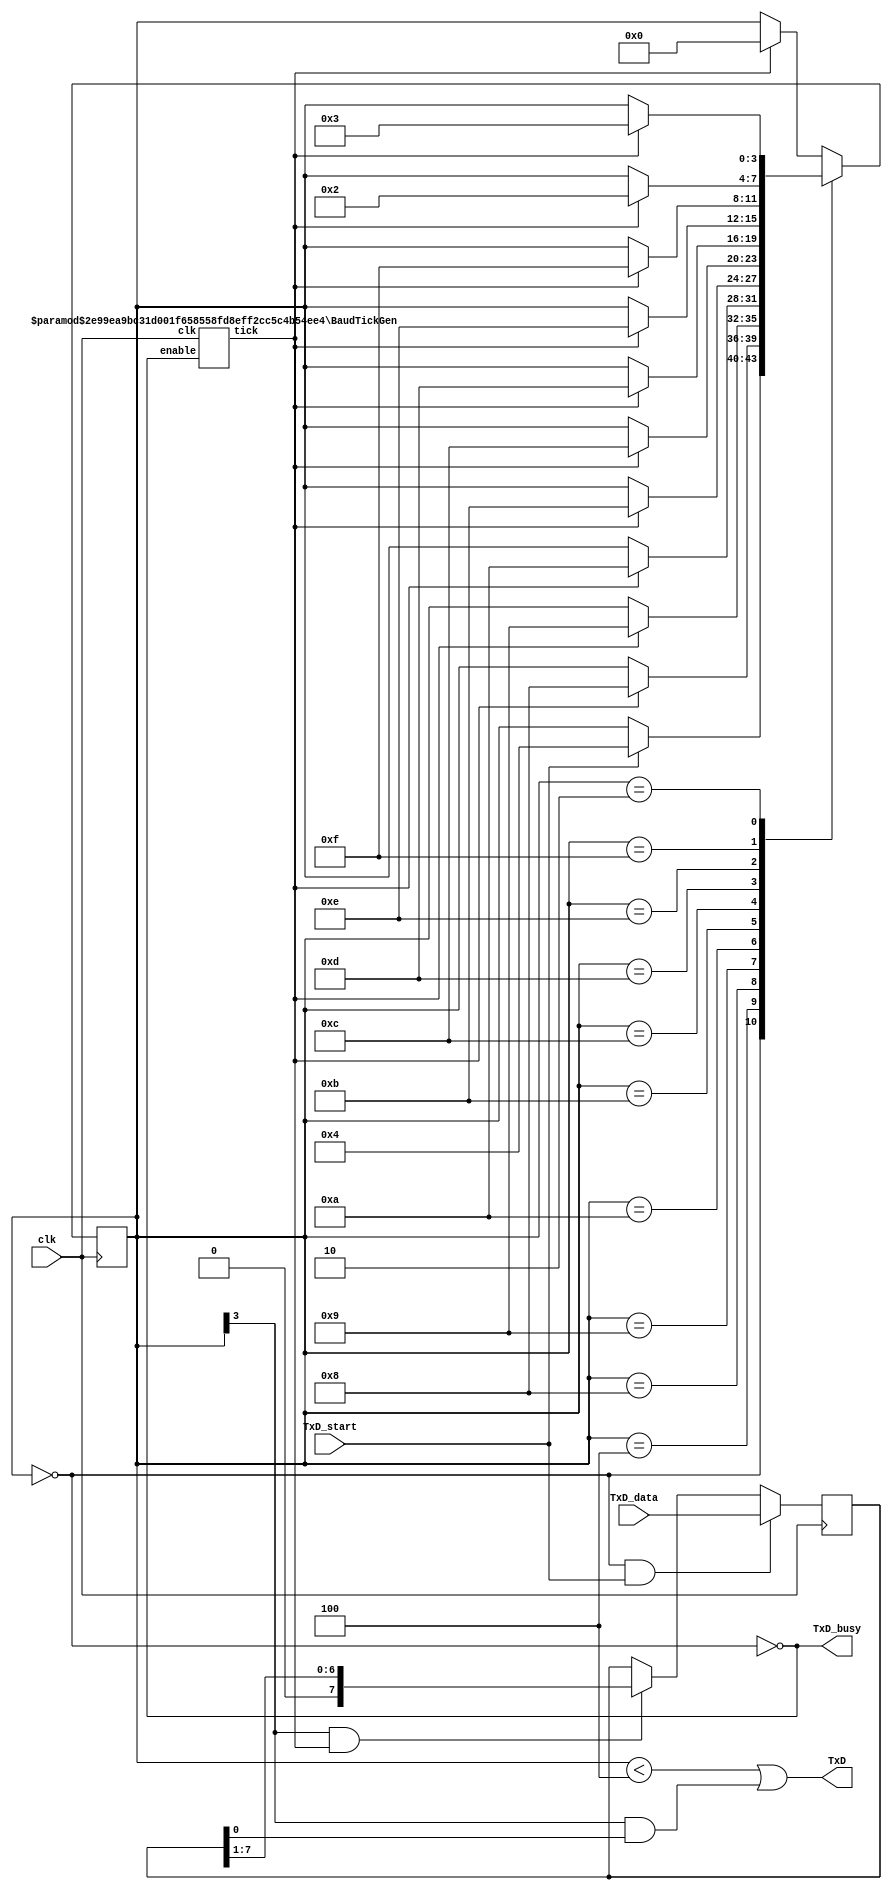
////////////////////////////////////////////////////////
// RS-232 RX and TX module
// (c) fpga4fun.com & KNJN LLC - 2003 to 2016

// The RS-232 settings are fixed
// TX: 8-bit data, 2 stop, no-parity
// RX: 8-bit data, 1 stop, no-parity (the receiver can accept more stop bits of course)

//`define SIMULATION   // in this mode, TX outputs one bit per clock cycle
                       // and RX receives one bit per clock cycle (for fast simulations)

////////////////////////////////////////////////////////
module async_transmitter(
	input clk,
	input TxD_start,
	input [7:0] TxD_data,
	output TxD,
	output TxD_busy
);

// Assert TxD_start for (at least) one clock cycle to start transmission of TxD_data
// TxD_data is latched so that it doesn't have to stay valid while it is being sent

parameter ClkFrequency = 50000000;	// 50MHz
parameter Baud = 115200;

generate
	if(ClkFrequency<Baud*8 && (ClkFrequency % Baud!=0)) ASSERTION_ERROR PARAMETER_OUT_OF_RANGE("Frequency incompatible with requested Baud rate");
endgenerate

////////////////////////////////
`ifdef SIMULATION
wire BitTick = 1'b1;  // output one bit per clock cycle
`else
wire BitTick;
BaudTickGen #(ClkFrequency, Baud) tickgen(.clk(clk), .enable(TxD_busy), .tick(BitTick));
`endif

reg [3:0] TxD_state = 0;
wire TxD_ready = (TxD_state==0);
assign TxD_busy = ~TxD_ready;

reg [7:0] TxD_shift = 0;
always @(posedge clk)
begin
	if(TxD_ready & TxD_start)
		TxD_shift <= TxD_data;
	else
	if(TxD_state[3] & BitTick)
		TxD_shift <= (TxD_shift >> 1);

	case(TxD_state)
		4'b0000: if(TxD_start) TxD_state <= 4'b0100;
		4'b0100: if(BitTick) TxD_state <= 4'b1000;  // start bit
		4'b1000: if(BitTick) TxD_state <= 4'b1001;  // bit 0
		4'b1001: if(BitTick) TxD_state <= 4'b1010;  // bit 1
		4'b1010: if(BitTick) TxD_state <= 4'b1011;  // bit 2
		4'b1011: if(BitTick) TxD_state <= 4'b1100;  // bit 3
		4'b1100: if(BitTick) TxD_state <= 4'b1101;  // bit 4
		4'b1101: if(BitTick) TxD_state <= 4'b1110;  // bit 5
		4'b1110: if(BitTick) TxD_state <= 4'b1111;  // bit 6
		4'b1111: if(BitTick) TxD_state <= 4'b0010;  // bit 7
		4'b0010: if(BitTick) TxD_state <= 4'b0011;  // stop1
		4'b0011: if(BitTick) TxD_state <= 4'b0000;  // stop2
		default: if(BitTick) TxD_state <= 4'b0000;
	endcase
end

assign TxD = (TxD_state<4) | (TxD_state[3] & TxD_shift[0]);  // put together the start, data and stop bits
endmodule


////////////////////////////////////////////////////////
module async_receiver(
	input clk,
	input RxD,
	output reg RxD_data_ready = 0,
	output reg [7:0] RxD_data = 0,  // data received, valid only (for one clock cycle) when RxD_data_ready is asserted

	// We also detect if a gap occurs in the received stream of characters
	// That can be useful if multiple characters are sent in burst
	//  so that multiple characters can be treated as a "packet"
	output RxD_idle,  // asserted when no data has been received for a while
	output reg RxD_endofpacket = 0  // asserted for one clock cycle when a packet has been detected (i.e. RxD_idle is going high)
);

parameter ClkFrequency = 50000000; // 25MHz
parameter Baud = 115200;

parameter Oversampling = 8;  // needs to be a power of 2
// we oversample the RxD line at a fixed rate to capture each RxD data bit at the "right" time
// 8 times oversampling by default, use 16 for higher quality reception

generate
	if(ClkFrequency<Baud*Oversampling) ASSERTION_ERROR PARAMETER_OUT_OF_RANGE("Frequency too low for current Baud rate and oversampling");
	if(Oversampling<8 || ((Oversampling & (Oversampling-1))!=0)) ASSERTION_ERROR PARAMETER_OUT_OF_RANGE("Invalid oversampling value");
endgenerate

////////////////////////////////
reg [3:0] RxD_state = 0;

`ifdef SIMULATION
wire RxD_bit = RxD;
wire sampleNow = 1'b1;  // receive one bit per clock cycle

`else
wire OversamplingTick;
BaudTickGen #(ClkFrequency, Baud, Oversampling) tickgen(.clk(clk), .enable(1'b1), .tick(OversamplingTick));

// synchronize RxD to our clk domain
reg [1:0] RxD_sync = 2'b11;
always @(posedge clk) if(OversamplingTick) RxD_sync <= {RxD_sync[0], RxD};

// and filter it
reg [1:0] Filter_cnt = 2'b11;
reg RxD_bit = 1'b1;

always @(posedge clk)
if(OversamplingTick)
begin
	if(RxD_sync[1]==1'b1 && Filter_cnt!=2'b11) Filter_cnt <= Filter_cnt + 1'd1;
	else 
	if(RxD_sync[1]==1'b0 && Filter_cnt!=2'b00) Filter_cnt <= Filter_cnt - 1'd1;

	if(Filter_cnt==2'b11) RxD_bit <= 1'b1;
	else
	if(Filter_cnt==2'b00) RxD_bit <= 1'b0;
end

// and decide when is the good time to sample the RxD line
function integer log2(input integer v); begin log2=0; while(v>>log2) log2=log2+1; end endfunction
localparam l2o = log2(Oversampling);
reg [l2o-2:0] OversamplingCnt = 0;
always @(posedge clk) if(OversamplingTick) OversamplingCnt <= (RxD_state==0) ? 1'd0 : OversamplingCnt + 1'd1;
wire sampleNow = OversamplingTick && (OversamplingCnt==Oversampling/2-1);
`endif

// now we can accumulate the RxD bits in a shift-register
always @(posedge clk)
case(RxD_state)
	4'b0000: if(~RxD_bit) RxD_state <= `ifdef SIMULATION 4'b1000 `else 4'b0001 `endif;  // start bit found?
	4'b0001: if(sampleNow) RxD_state <= 4'b1000;  // sync start bit to sampleNow
	4'b1000: if(sampleNow) RxD_state <= 4'b1001;  // bit 0
	4'b1001: if(sampleNow) RxD_state <= 4'b1010;  // bit 1
	4'b1010: if(sampleNow) RxD_state <= 4'b1011;  // bit 2
	4'b1011: if(sampleNow) RxD_state <= 4'b1100;  // bit 3
	4'b1100: if(sampleNow) RxD_state <= 4'b1101;  // bit 4
	4'b1101: if(sampleNow) RxD_state <= 4'b1110;  // bit 5
	4'b1110: if(sampleNow) RxD_state <= 4'b1111;  // bit 6
	4'b1111: if(sampleNow) RxD_state <= 4'b0010;  // bit 7
	4'b0010: if(sampleNow) RxD_state <= 4'b0000;  // stop bit
	default: RxD_state <= 4'b0000;
endcase

always @(posedge clk)
if(sampleNow && RxD_state[3]) RxD_data <= {RxD_bit, RxD_data[7:1]};

//reg RxD_data_error = 0;
always @(posedge clk)
begin
	RxD_data_ready <= (sampleNow && RxD_state==4'b0010 && RxD_bit);  // make sure a stop bit is received
	//RxD_data_error <= (sampleNow && RxD_state==4'b0010 && ~RxD_bit);  // error if a stop bit is not received
end

`ifdef SIMULATION
assign RxD_idle = 0;
`else
reg [l2o+1:0] GapCnt = 0;
always @(posedge clk) if (RxD_state!=0) GapCnt<=0; else if(OversamplingTick & ~GapCnt[log2(Oversampling)+1]) GapCnt <= GapCnt + 1'h1;
assign RxD_idle = GapCnt[l2o+1];
always @(posedge clk) RxD_endofpacket <= OversamplingTick & ~GapCnt[l2o+1] & &GapCnt[l2o:0];
`endif

endmodule


////////////////////////////////////////////////////////
// dummy module used to be able to raise an assertion in Verilog
module ASSERTION_ERROR();
endmodule


////////////////////////////////////////////////////////
module BaudTickGen(
	input clk, enable,
	output tick  // generate a tick at the specified baud rate * oversampling
);
parameter ClkFrequency = 50000000;
parameter Baud = 115200;
parameter Oversampling = 1;

function integer log2(input integer v); begin log2=0; while(v>>log2) log2=log2+1; end endfunction
localparam AccWidth = log2(ClkFrequency/Baud)+8;  // +/- 2% max timing error over a byte
reg [AccWidth:0] Acc = 0;
localparam ShiftLimiter = log2(Baud*Oversampling >> (31-AccWidth));  // this makes sure Inc calculation doesn't overflow
localparam Inc = ((Baud*Oversampling << (AccWidth-ShiftLimiter))+(ClkFrequency>>(ShiftLimiter+1)))/(ClkFrequency>>ShiftLimiter);
always @(posedge clk) if(enable) Acc <= Acc[AccWidth-1:0] + Inc[AccWidth:0]; else Acc <= Inc[AccWidth:0];
assign tick = Acc[AccWidth];
endmodule


////////////////////////////////////////////////////////